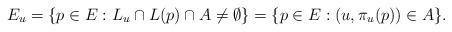
LaTeX: \begin{align*}E_u = \{p \in E : L_u\cap L(p)\cap A \neq \emptyset\} = \{p \in E : (u,\pi_u(p)) \in A\}.\end{align*}